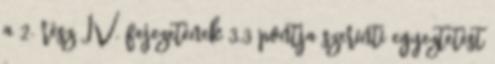
a 2. rész IV. fejezetének 3.3 pontja szerinti egyeztetést